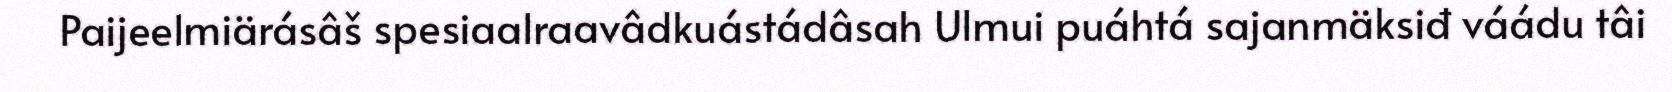
Paijeelmiärásâš spesiaalraavâdkuástádâsah Ulmui puáhtá sajanmäksiđ váádu tâi